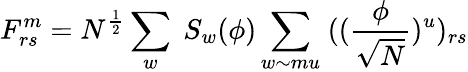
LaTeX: F_{rs}^{m}=N^{\frac{1}{2}}\sum_{w}\; S_{w}(\phi)\sum_{w\sim mu}\; ((\frac{\phi}{\sqrt N})^{u})_{rs}